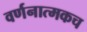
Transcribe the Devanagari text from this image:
वर्णनात्मकच